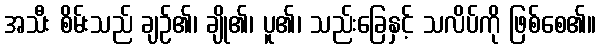
အသီး စိမ်းသည် ချဉ်၏၊ ချို၏၊ ပူ၏၊ သည်းခြေနှင့် သလိပ်ကို ဖြစ်စေ၏။